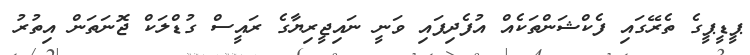
ޕީޑީޕީގެ ތެރޭގައި ފެކްޝަންތަކެއް އުފެދިފައި ވަނީ ނައިޖީރިޔާގެ ރައީސް ގުޑްލަކް ޖޮނަތަން އިތުރު